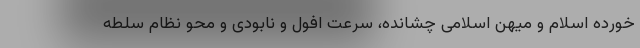
خورده اسلام و میهن اسلامی چشانده، سرعت افول و نابودی و محو نظام سلطه